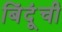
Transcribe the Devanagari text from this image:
बिंदूंची